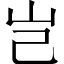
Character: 岂